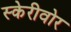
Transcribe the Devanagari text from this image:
स्केरीवोर